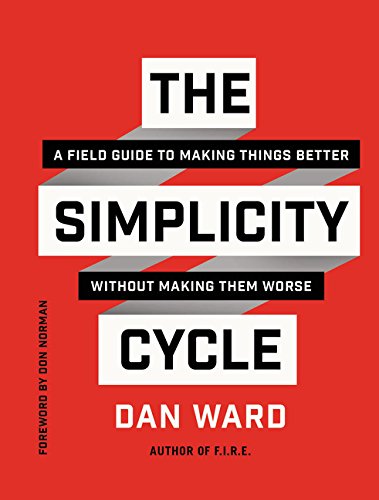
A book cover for The Simplicity Cycle: A Field Guide to Making Things Better Without Making Them Worse; Dan Ward; Arts & Photography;